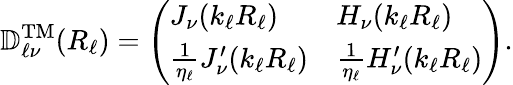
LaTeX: \mathbb{D}_{\ell\nu}^{\mathrm{TM}}(R_{\ell})=\left(\begin{array}{ll}{J_{\nu}(k_{\ell}R_{\ell})}&{H_{\nu}(k_{\ell}R_{\ell})}\\ {\frac{1}{\eta_{\ell}}J_{\nu}^{\prime}(k_{\ell}R_{\ell})}&{\frac{1}{\eta_{\ell}}H_{\nu}^{\prime}(k_{\ell}R_{\ell})}\end{array}\right).